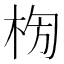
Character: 𣑈